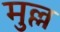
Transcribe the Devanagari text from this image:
मुल्ल